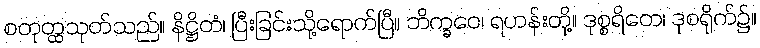
စတုတ္ထသုတ်သည်။ နိဋ္ဌိတံ၊ ပြီးခြင်းသို့ရောက်ပြီ။ ဘိက္ခဝေ၊ ရဟန်းတို့။ ဒုစ္စရိတေ၊ ဒုစရိုက်၌။